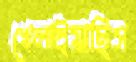
খেলাইয়াছিস